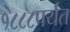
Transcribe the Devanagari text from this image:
१८८८पर्यंत